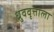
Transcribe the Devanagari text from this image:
ध्रुववृत्ताला